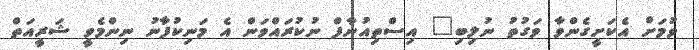
ވުމަށް އެކަށީގެންވާ ވަގުތު ނުލިބި" އިސްތިއުނާފް ނުކުރައްވަން އެ މަނިކުފާނު ނިންމެވީ ޝަރީއަތް